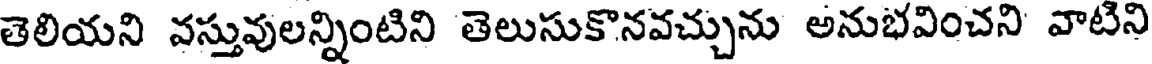
తెలియని వస్తువులన్నింటిని తెలుసుకొనవచ్చును అనుభవించని వాటిని